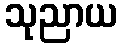
သုညာယ